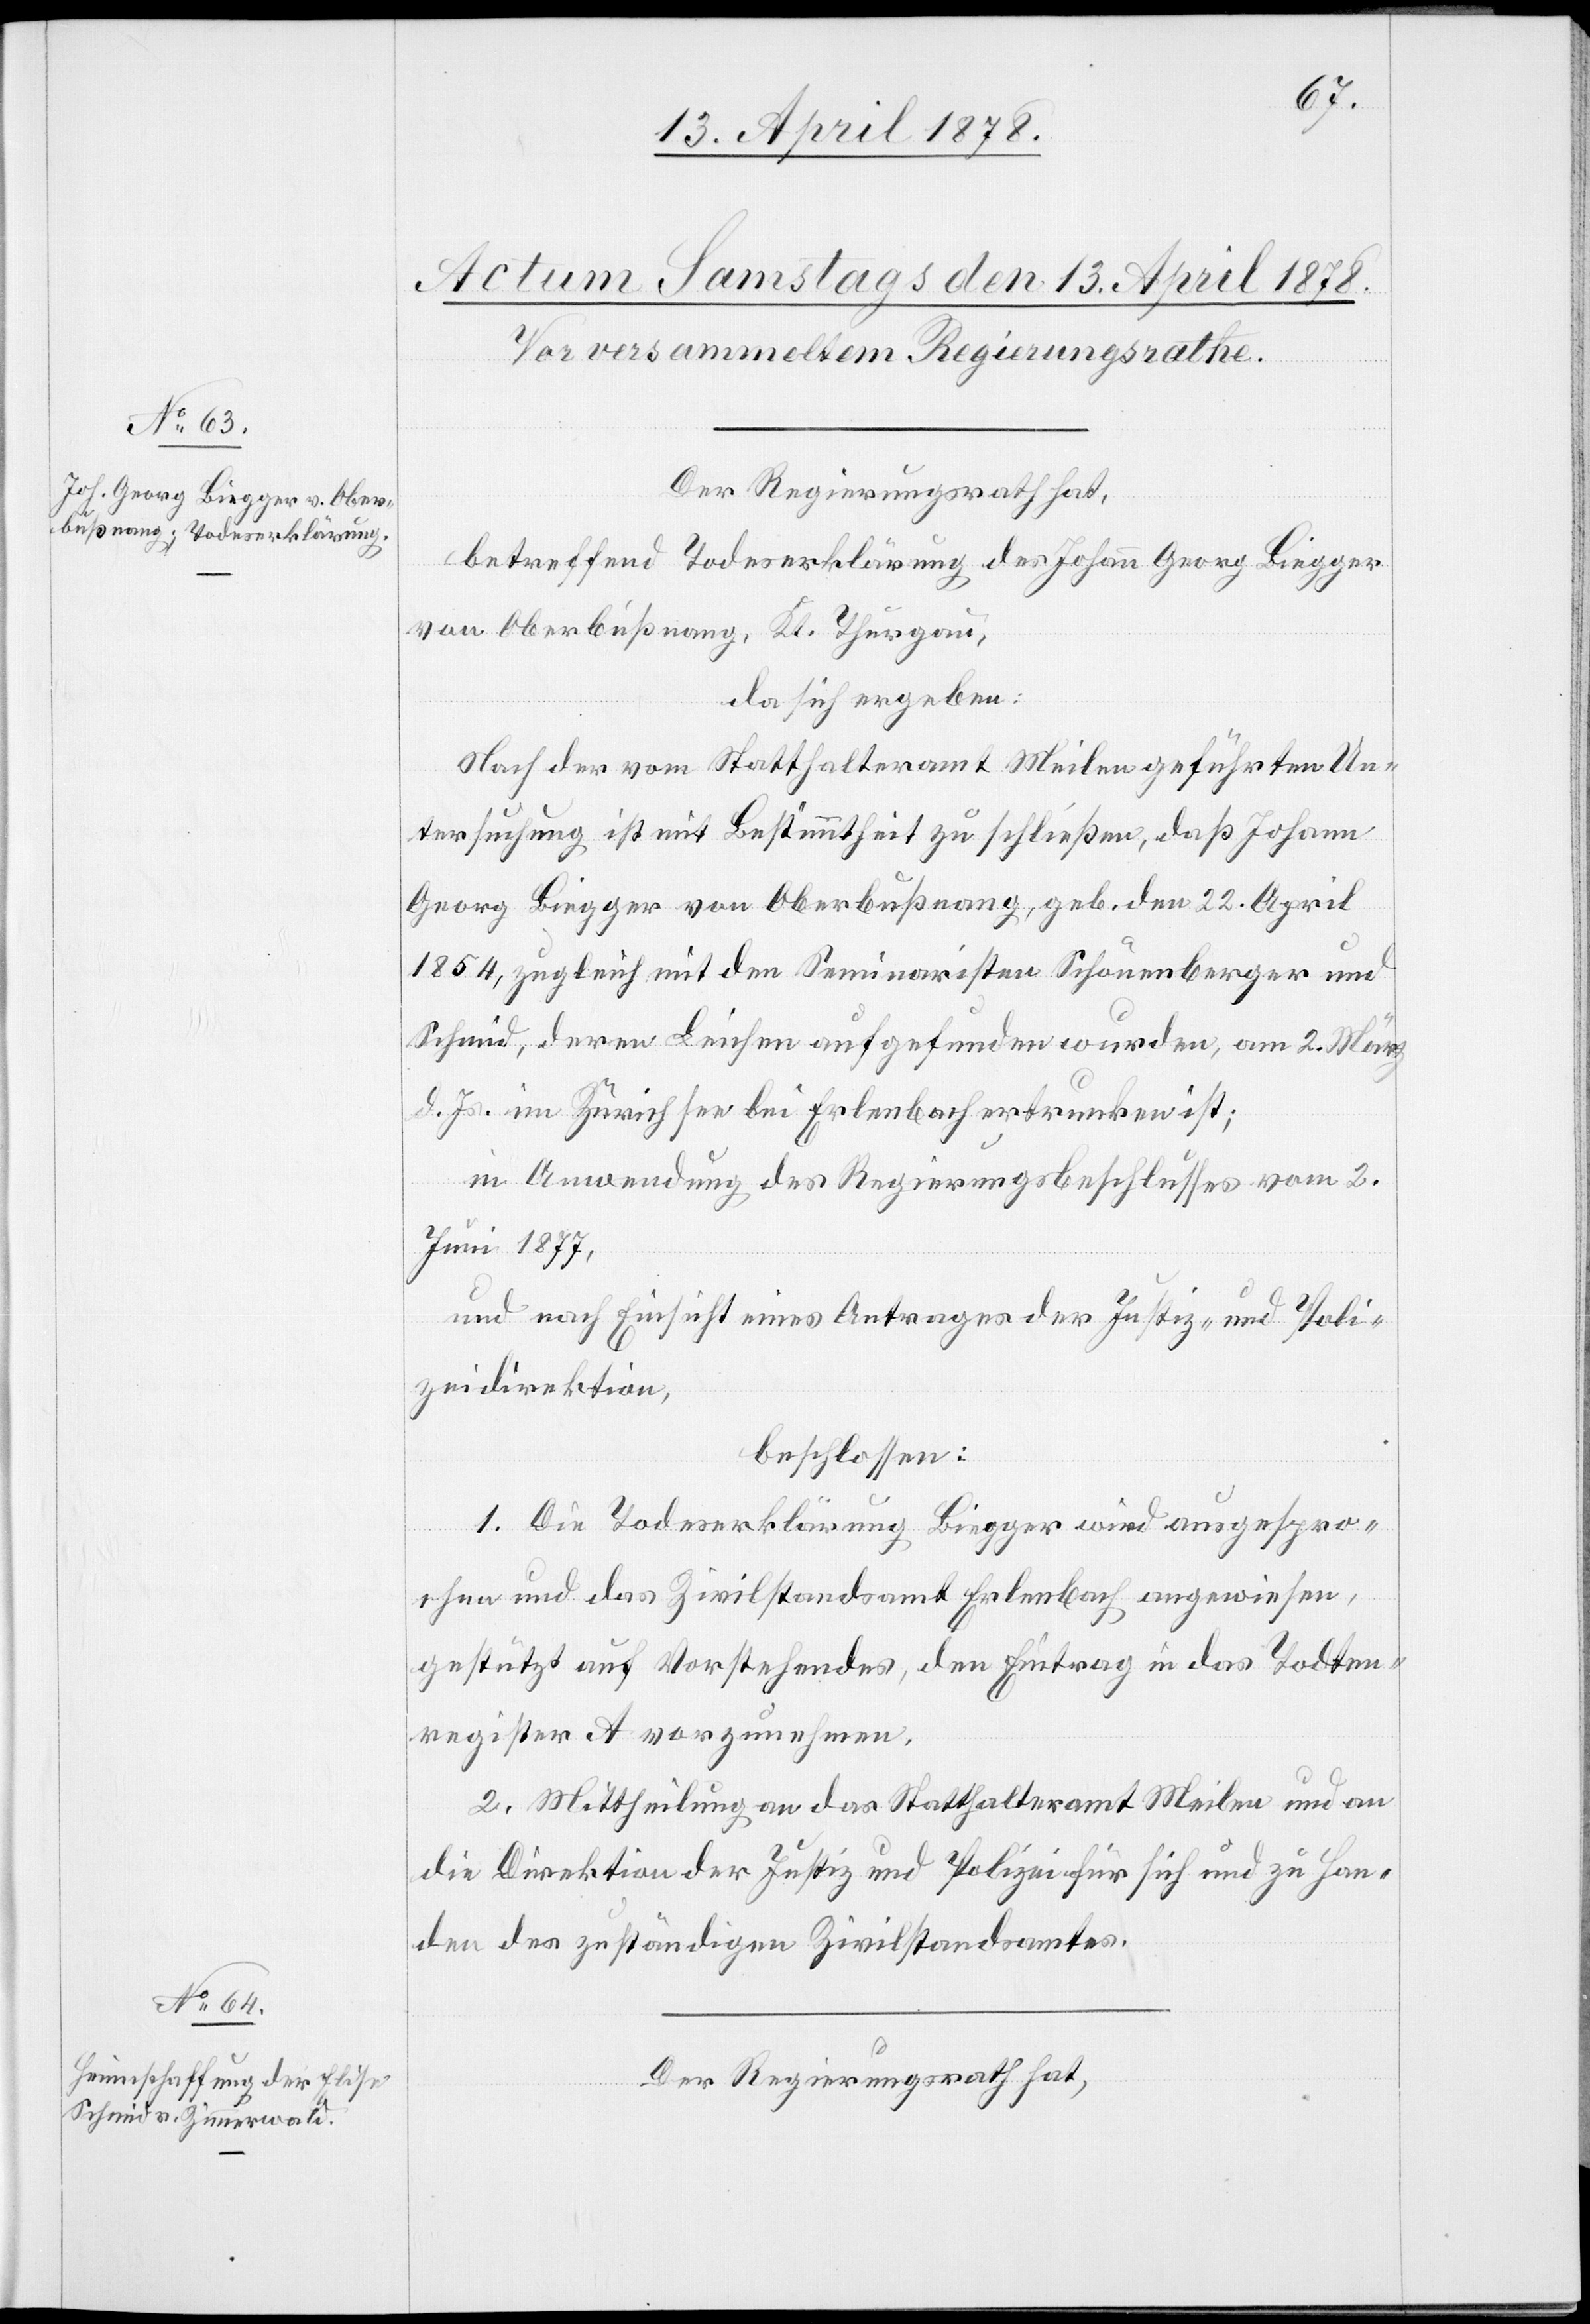
Der Regierungsrath hat,
betreffend Todeserklärung des Johann Georg Biegger
von Oberbußnang, Kt. Thurgau,
da sich ergeben:
Nach der vom Statthalteramt Meilen geführten Un¬
tersuchung ist mit Bestimmtheit zu schließen, daß Johann
Georg Biegger von Oberbußnang, geb. den 22. April
1854, zugleich mit den Seminaristen Schönberger und
Schmid, deren Leichen aufgefunden wurden, am 2. März
d. Js. im Zürichsee bei Erlenbach ertrunken ist;
in Anwendung des Regierungsbeschlusses vom 2.
Juni 1877,
und nach Einsicht eines Antrages der Justiz- und Poli¬
zeidirektion,
beschlossen:
1. Die Todeserklärung Biegger wird ausgespro¬
chen und das Zivilstandsamt Erlenbach angewiesen,
gestützt auf Vorstehendes, den Eintrag in das Todten¬
register A vorzunehmen.
2. Mittheilung an das Statthalteramt Meilen und an
die Direktion der Justiz und Polizei für sich und zu Han¬
den des zuständigen Zivilstandamtes.
Der Regierungsrath hat,